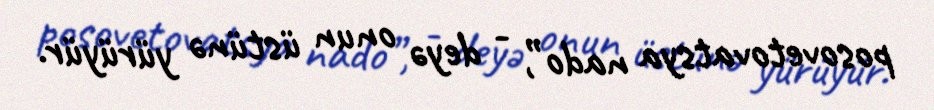
posovetovatsya nado”, - deyə onun üstünə yürüyür.